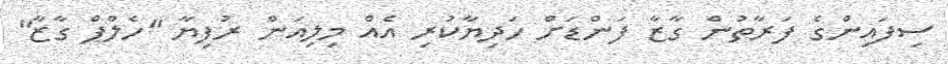
ސިފައިންގެ ފަރާތުން ގާޒާ ފަންޑަށް ހަދިޔާކުރި އެއް މިލިއަން ރުފިޔާ "ހެލްޕް ގާޒާ"